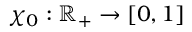
\chi _ { 0 } : \mathbb { R } _ { + } \to [ 0 , 1 ]